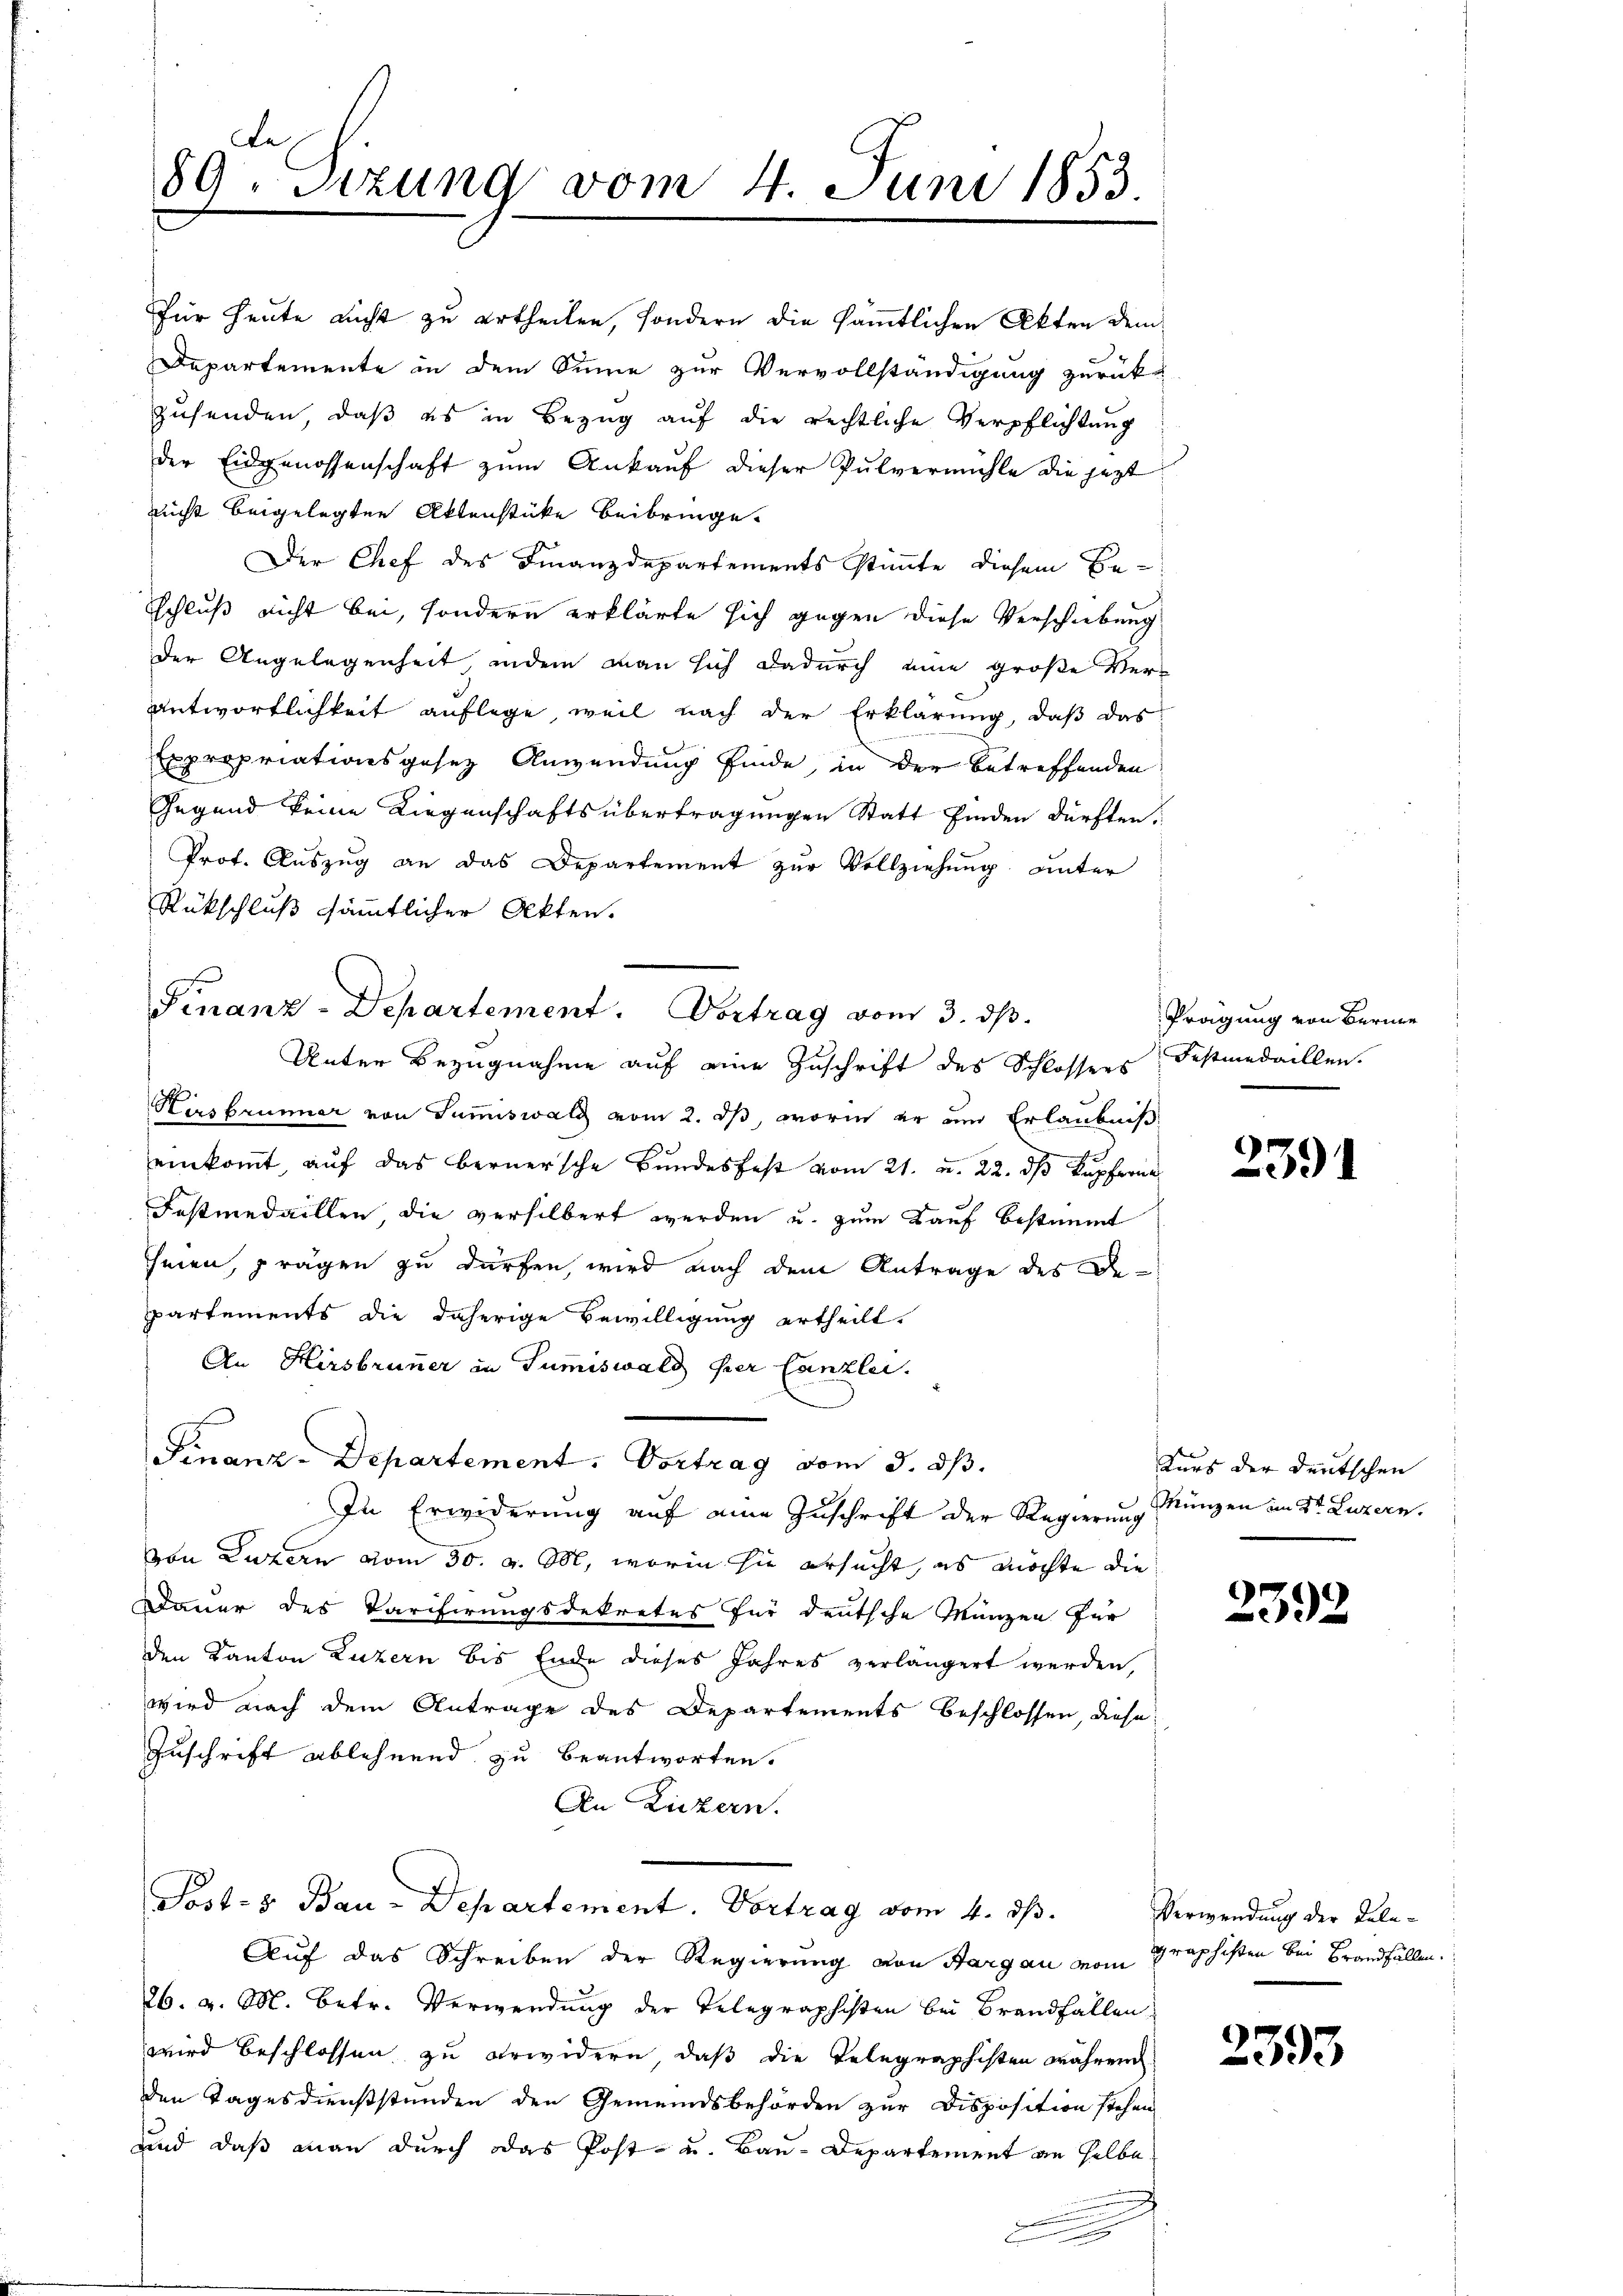
der Eidgenossenschaft zŭm Ankaŭf dieser Pulvermühle die jezt
nicht beigelegten Aktenstücke beibringe.
Der Chef des Finanzdepartements stimmte diesem Beschluß nicht bei, sondern erklärte sich gegen diese Verschiebung
der Angelegenheit, indem man sich dadurch eine große Ver¬
Antwortlichkeit auflege, weil nach der Erklärung, daß das
Expropriationsgesetz Anwendung finde, in der betreffenden
Gegend keine Liegenschaftsübertragungen Statt finden dürften.
Prof. Auszug an das Departement zur Vollziehung unter
Rückschluß sämmtlicher Akten.
g
Unter Bezugnahme auf eine Zuschrift des Schlossers Fesmedaillen.
Hirsbrunner von Summiswald vom 2. ds, worin er um Erlaubniß
einkommt, auf das bernersche Bundesfest vom 21. u. 22. ds Kupferne
Fasmedaillen die versilbert werden u. zum Kauf bestimmt
seien, prägen zu dürfen, wird nach dem Antrage des De-
partements die daherige Bewilligung ertheilt.
An Hirsbrunner in Sumiswald per Canzlei.
Finanz-Departement. Vortrag vom 3. dß.
In Erwiderung auf eine Zuschrift der Regierung Münzen in Dr. Luzern.
von Luzern vom 30. v. M., worin sie ersucht, es möchte die
Dauer des Tarifirungsdekretes für deutsche Münzen für
den Kanton Luzern bis Ende dieses Jahres verlängert werden,
wird nach dem Antrage des Departements beschlossen, diese
Zuschrift ablehnend zu beantworten.
An Luzern.
Post- & Bau-Departement. Vortrag vom 4. ds.
Auf das Schreiben der Regierung von Aargau vom Graphisten bei Brandfällen.
26. v. M. betr. Verwendung der Telegraphisten bei Brandfallen
wird beschlossen zu erwidern, daß die Telegraphisten während
den Tagesdienststunden den Gemeindsbehörden zur Disposition stehen
sind daß man durch das Post- u. Bau-Departement an selbe
n

Le
89. Sizung vom 4. Juni 1853

Für heute nicht zu ertheilen, sondern die sämmtlichen Akten dem
Departemente in dem Sinne zur Vervollständigung zurück-
zusenden, daß es in Bezug auf die rechtliche Verpflichtung

Finanz-Departement. Vortrag vom 3. dβ.

Prägung von Berne

2391

Kurs der deutschen

2392

Verwendung der Tele¬

2393